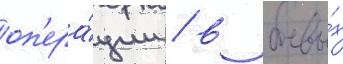
оп'ера́ции / в боевы́х